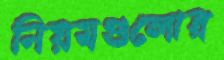
নিয়মগুলোর